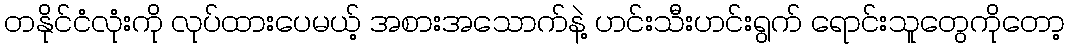
တနိုင်ငံလုံးကို လုပ်ထားပေမယ့် အစားအသောက်နဲ့ ဟင်းသီးဟင်းရွက် ရောင်းသူတွေကိုတော့